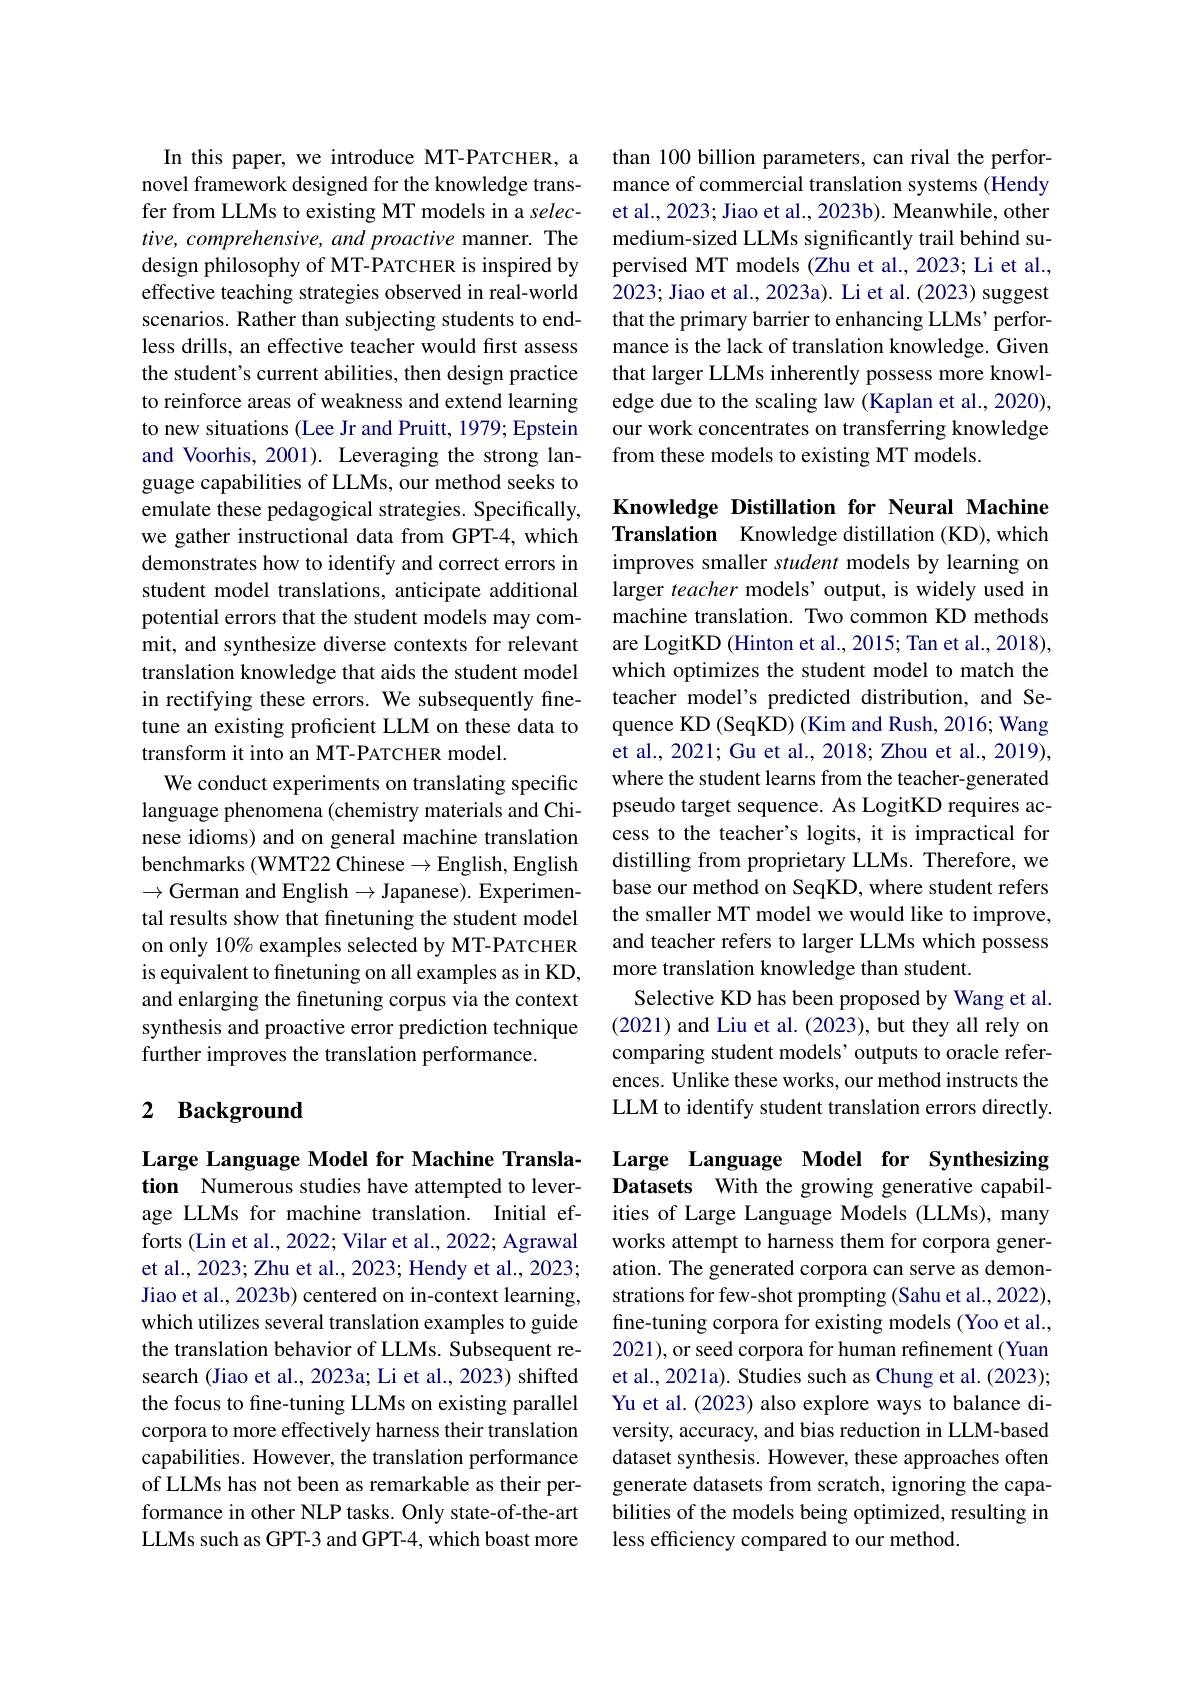
In this paper, we introduce MT-PATCHER, a novel framework designed for the knowledge transfer from LLMs to existing MT models in a selective, comprehensive, and proactive manner. The design philosophy of MT-PATCHER is inspired by effective teaching strategies observed in real-world scenarios. Rather than subjecting students to endless drills, an effective teacher would first assess the student's current abilities, then design practice to reinforce areas of weakness and extend learning to new situations (Lee Jr and Pruitt, 1979; Epstein and Voorhis, 2001). Leveraging the strong language capabilities of LLMs, our method seeks to emulate these pedagogical strategies. Specifically, we gather instructional data from GPT-4, which demonstrates how to identify and correct errors in student model translations, anticipate additional potential errors that the student models may commit, and synthesize diverse contexts for relevant translation knowledge that aids the student model in rectifying these errors. We subsequently finetune an existing proficient LLM on these data to transform it into an MT-PATCHER model.
We conduct experiments on translating specific language phenomena (chemistry materials and Chinese idioms) and on general machine translation benchmarks (WMT22 Chinese$\to$E$nglish$,English $\to$German and English$\to$Japanese). Experimental results show that finetuning the student model on only 10% examples selected by MT-PATCHER is equivalent to finetuning on all examples as in KD, and enlarging the finetuning corpus via the context synthesis and proactive error prediction technique further improves the translation performance.

## 2 Background

Large Language Model for Machine Translation Numerous studies have attempted to leverage LLMs for machine translation. Initial efforts (Lin et al., 2022; Vilar et al., 2022; Agrawal et al., 2023; Zhu et al., 2023; Hendy et al., 2023; Jiao et al., 2023b) centered on in-context learning, which utilizes several translation examples to guide the translation behavior of LLMs. Subsequent research (Jiao et al., 2023a; Li et al., 2023) shifted the focus to fine-tuning LLMs on existing parallel corpora to more effectively harness their translation capabilities. However, the translation performance of LLMs has not been as remarkable as their performance in other NLP tasks. Only state-of-the-art LLMs such as GPT-3 and GPT-4, which boast more

than 100 billion parameters, can rival the performance of commercial translation systems (Hendy et al., 2023; Jiao et al., 2023b). Meanwhile, other medium-sized LLMs significantly trail behind supervised MT models (Zhu et al., 2023; Li et al., 2023; Jiao et al., 2023a). Li et al. (2023) suggest that the primary barrier to enhancing LLMs' performance is the lack of translation knowledge. Given that larger LLMs inherently possess more knowledge due to the scaling law (Kaplan et al., 2020), our work concentrates on transferring knowledge from these models to existing MT models.

Knowledge Distillation for Neural Machine Translation Knowledge distillation (KD),which

improves smaller student models by learning on larger teacher models’ output, is widely used in machine translation. Two common KD methods are LogitKD (Hinton et al., 2015; Tan et al., 2018), which optimizes the student model to match the teacher model's predicted distribution, and Sequence KD (SeqKD) (Kim and Rush, 2016; Wang et al., 2021; Gu et al., 2018; Zhou et al., 2019), where the student learns from the teacher-generated pseudo target sequence. As LogitKD requires access to the teacher's logits, it is impractical for distilling from proprietary LLMs. Therefore, we base our method on SeqKD, where student refers the smaller MT model we would like to improve, and teacher refers to larger LLMs which possess more translation knowledge than student.
Selective KD has been proposed by Wang et al. (2021) and Liu et al. (2023), but they all rely on comparing student models’ outputs to oracle references. Unlike these works, our method instructs the LLM to identify student translation errors directly.

Large Language Model for Synthesizing Datasets With the growing generative capabilities of Large Language Models (LLMs), many works attempt to harness them for corpora generation. The generated corpora can serve as demonstrations for few-shot prompting (Sahu et al., 2022), fine-tuning corpora for existing models (Yoo et al., 2021), or seed corpora for human refinement (Yuan et al., 2021a). Studies such as Chung et al. (2023); Yu et al. (2023) also explore ways to balance diversity, accuracy, and bias reduction in LLM-based dataset synthesis. However, these approaches often generate datasets from scratch, ignoring the capabilities of the models being optimized, resulting in less efficiency compared to our method.